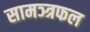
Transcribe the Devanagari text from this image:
सामञ्त्रफल